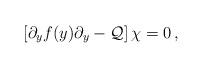
LaTeX: \begin{align*}\left[ \partial_y f(y) \partial_y - {\cal Q} \right] \chi = 0\,, \end{align*}